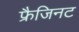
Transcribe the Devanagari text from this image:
फ्रैजिनट